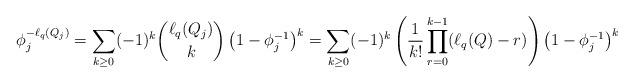
LaTeX: \begin{align*} \phi_j^{-\ell_q(Q_j)} = \sum_{k \geq 0} (-1)^k \binom{\ell_q(Q_j)}{k} \left( 1 - \phi_j^{-1} \right)^k = \sum_{k \geq 0} (-1)^k \left( \frac{1}{k!} \prod_{r=0}^{k-1}(\ell_q(Q)-r) \right) \left( 1 - \phi_j^{-1} \right)^k \end{align*}